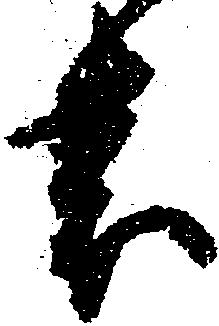
表